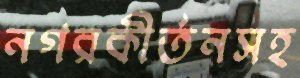
নগরকীর্তনসহ